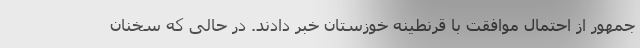
جمهور از احتمال موافقت با قرنطینه خوزستان خبر دادند. در حالی که سخنان